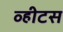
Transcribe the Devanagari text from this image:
व्हीटस